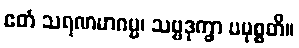
ဧတံ သရဏမာဂမ္မ၊ သဗ္ဗဒုက္ခာ ပမုစ္စတိ။